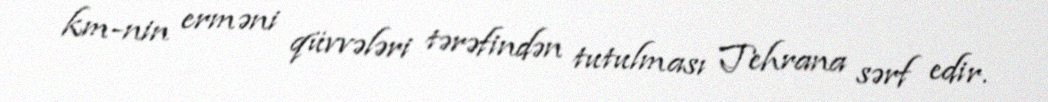
km-nin erməni qüvvələri tərəfindən tutulması Tehrana sərf edir.